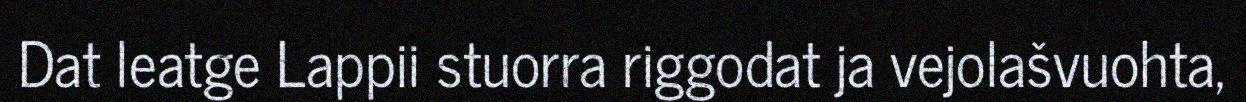
Dat leatge Lappii stuorra riggodat ja vejolašvuohta,